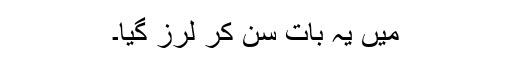
میں یہ بات سُن کر لرز گیا۔